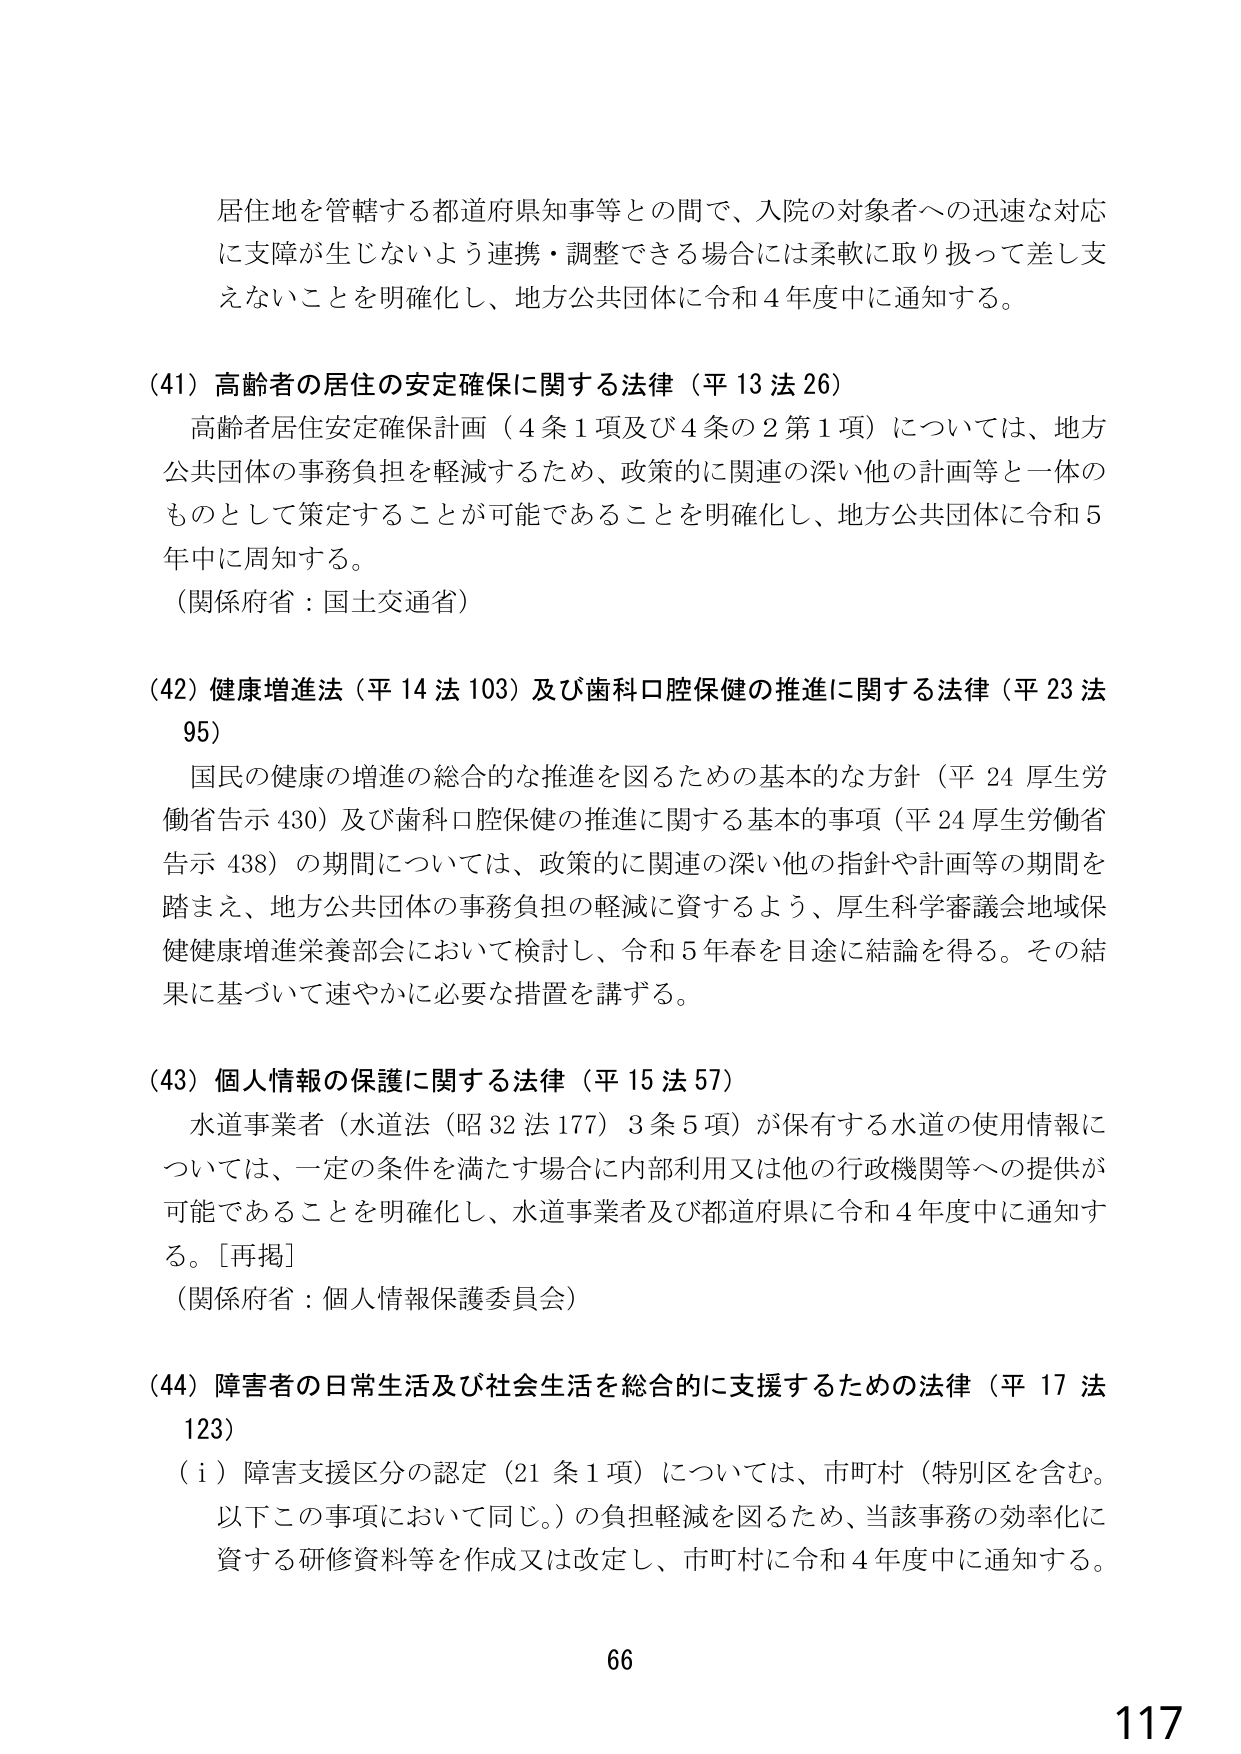
居住地を管轄する都道府県知事等との間で、入院の対象者への迅速な対応に支障が生じないよう連携・調整できる場合には柔軟に取り扱って差し支えないことを明確化し、地方公共団体に令和４年度中に通知する。

(41) 高齢者の居住の安定確保に関する法律（平13法26）
高齢者居住安定確保計画（4条1項及び4条の2第1項）については、地方公共団体の事務負担を軽減するため、政策的に関連の深い他の計画等と一体のものとして策定することが可能であることを明確化し、地方公共団体に令和5年中に周知する。
（関係府省：国土交通省）

(42) 健康増進法（平14法103）及び歯科口腔保健の推進に関する法律（平23法95）
国民の健康の増進の総合的な推進を図るための基本的な方針（平24厚生労働省告示430）及び歯科口腔保健の推進に関する基本的事項（平24厚生労働省告示438）の期間については、政策的に関連の深い他の指針や計画等の期間を踏まえ、地方公共団体の事務負担の軽減に資するよう、厚生科学審議会地域保健健康増進栄養部会において検討し、令和5年春を目途に結論を得る。その結果に基づいて速やかに必要な措置を講ずる。

(43) 個人情報の保護に関する法律（平15法57）
水道事業者（水道法（昭32法177）3条5項）が保有する水道の使用情報については、一定の条件を満たす場合に内部利用又は他の行政機関等への提供が可能であることを明確化し、水道事業者及び都道府県に令和4年度中に通知する。［再掲］
（関係府省：個人情報保護委員会）

(44) 障害者の日常生活及び社会生活を総合的に支援するための法律（平17法123）
（i）障害支援区分の認定（21条1項）については、市町村（特別区を含む。以下この事項において同じ。）の負担軽減を図るため、当該事務の効率化に資する研修資料等を作成又は改定し、市町村に令和4年度中に通知する。

66
117